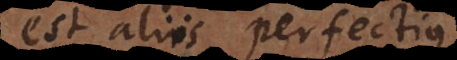
est aliis perfectius,